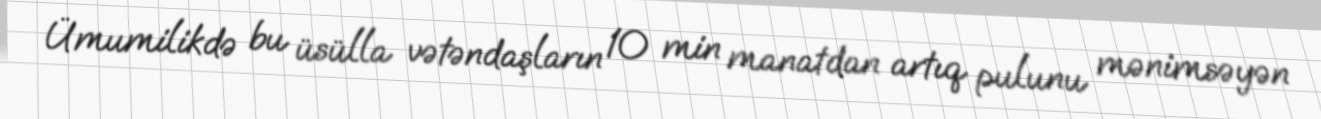
Ümumilikdə bu üsülla vətəndaşların 10 min manatdan artıq pulunu mənimsəyən